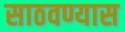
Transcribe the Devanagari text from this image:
साठवण्यास